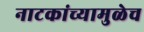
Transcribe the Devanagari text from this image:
नाटकांच्यामुळेच